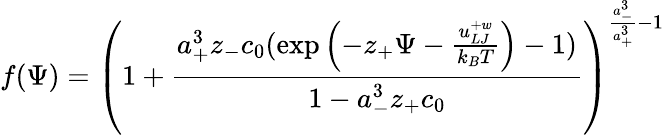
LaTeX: f(\Psi)=\left(1+\frac{a_{+}^{3}z_{-}c_{0}(\exp\left(-z_{+}\Psi-\frac{u_{LJ}^{+w}}{k_{B}T}\right)-1)}{1-a_{-}^{3}z_{+}c_{0}}\right)^{\frac{a_{-}^{3}}{a_{+}^{3}}-1}